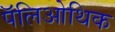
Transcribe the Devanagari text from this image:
पॅलिओथिक